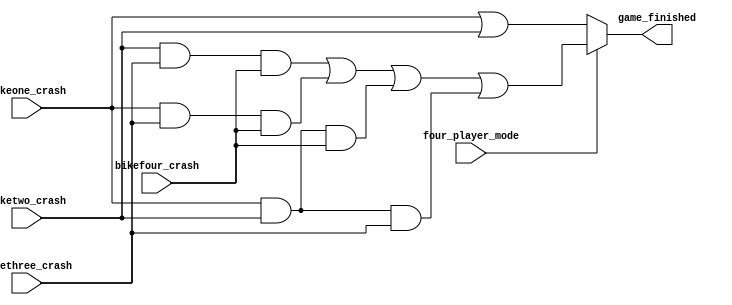
module game_over(bikeone_crash, biketwo_crash, bikethree_crash, bikefour_crash, four_player_mode, game_finished);
	input bikeone_crash, biketwo_crash, bikethree_crash, bikefour_crash, four_player_mode;
	output game_finished;
	
	wire game_finished_two, game_finished_four, game_finished_four_a, game_finished_four_b, game_finished_four_c, game_finished_four_d;
	or or_game_two(game_finished_two, bikeone_crash, biketwo_crash);
	
	and and_game_four_a(game_finished_four_a, biketwo_crash, bikethree_crash, bikefour_crash);
	and and_game_four_b(game_finished_four_b, bikeone_crash, bikethree_crash, bikefour_crash);
	and and_game_four_c(game_finished_four_c, bikeone_crash, biketwo_crash, bikefour_crash);
	and and_game_four_d(game_finished_four_d, bikeone_crash, biketwo_crash, bikethree_crash);
	or or_game_four(game_finished_four, game_finished_four_a, game_finished_four_b, game_finished_four_c, game_finished_four_d);
	
	assign game_finished = four_player_mode ? game_finished_four:game_finished_two;
endmodule